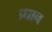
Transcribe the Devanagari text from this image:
प्र्धान